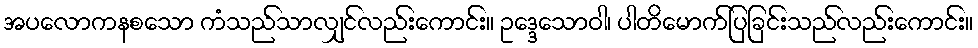
အပလောကနစသော ကံသည်သာလျှင်လည်းကောင်း။ ဥဒ္ဒေသောဝါ၊ ပါတိမောက်ပြခြင်းသည်လည်းကောင်း။